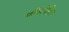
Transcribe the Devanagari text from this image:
पीनोलिन